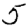
Digit: 5